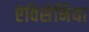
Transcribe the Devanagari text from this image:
ऐविसेनिया